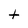
Character: t